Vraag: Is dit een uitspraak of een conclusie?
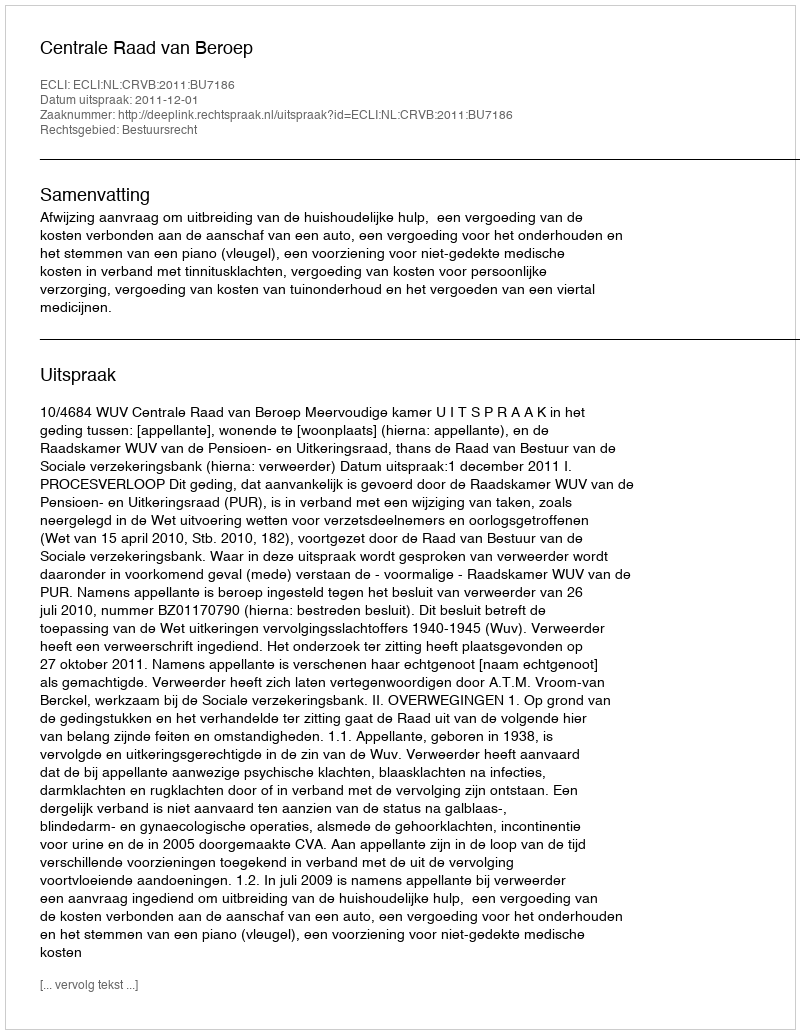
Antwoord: Uitspraak